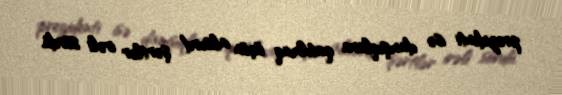
prezidenti isə danışıqlara qatılmaq üçün absurd şərtlər irəli sürdü.